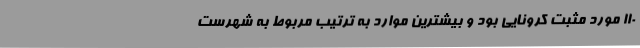
110 مورد مثبت کرونایی بود و بیشترین موارد به ترتیب مربوط به شهرست